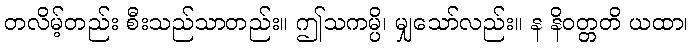
တလိမ့်တည်း စီးသည်သာတည်း။ ဤသကမ္ပိ၊ မျှသော်လည်း။ န နိဝတ္တတိ ယထာ၊